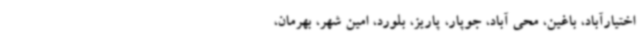
اختیارآباد، باغین، محی آباد، جوپار، پاریز، بلورد، امین شهر، بهرمان،